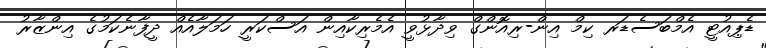
ޑެޕިއުޓީ އެމްބަސެޑަރ ކިމް އިން-ރިއޮންގް ވިދާޅުވީ އެމެރިކާއިން އަސްކަރީ ހަމަލާއެއް ދީފާނެކަމުގެ އިންޒާރު